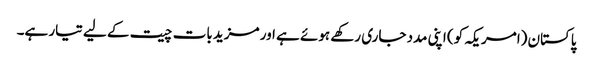
پاکستان (امریکہ کو) اپنی مدد جاری رکھے ہوئے ہے اور مزید بات چیت کے لیے تیار ہے۔